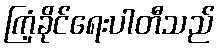
ကြံ့ခိုင်ရေးပါတီသည်